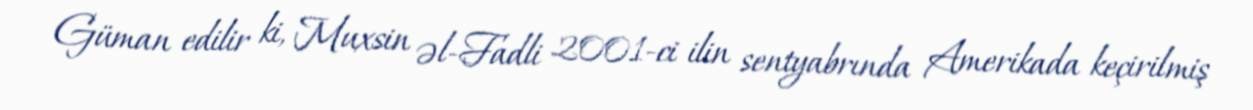
Güman edilir ki, Muxsin əl-Fadli 2001-ci ilin sentyabrında Amerikada keçirilmiş